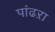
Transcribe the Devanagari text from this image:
पांढऱा